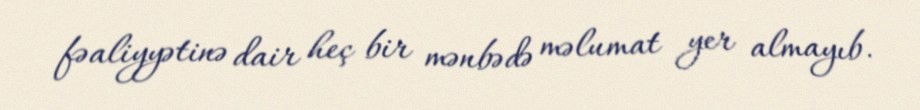
fəaliyyətinə dair heç bir mənbədə məlumat yer almayıb.